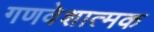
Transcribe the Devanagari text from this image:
गणवेशात्मक